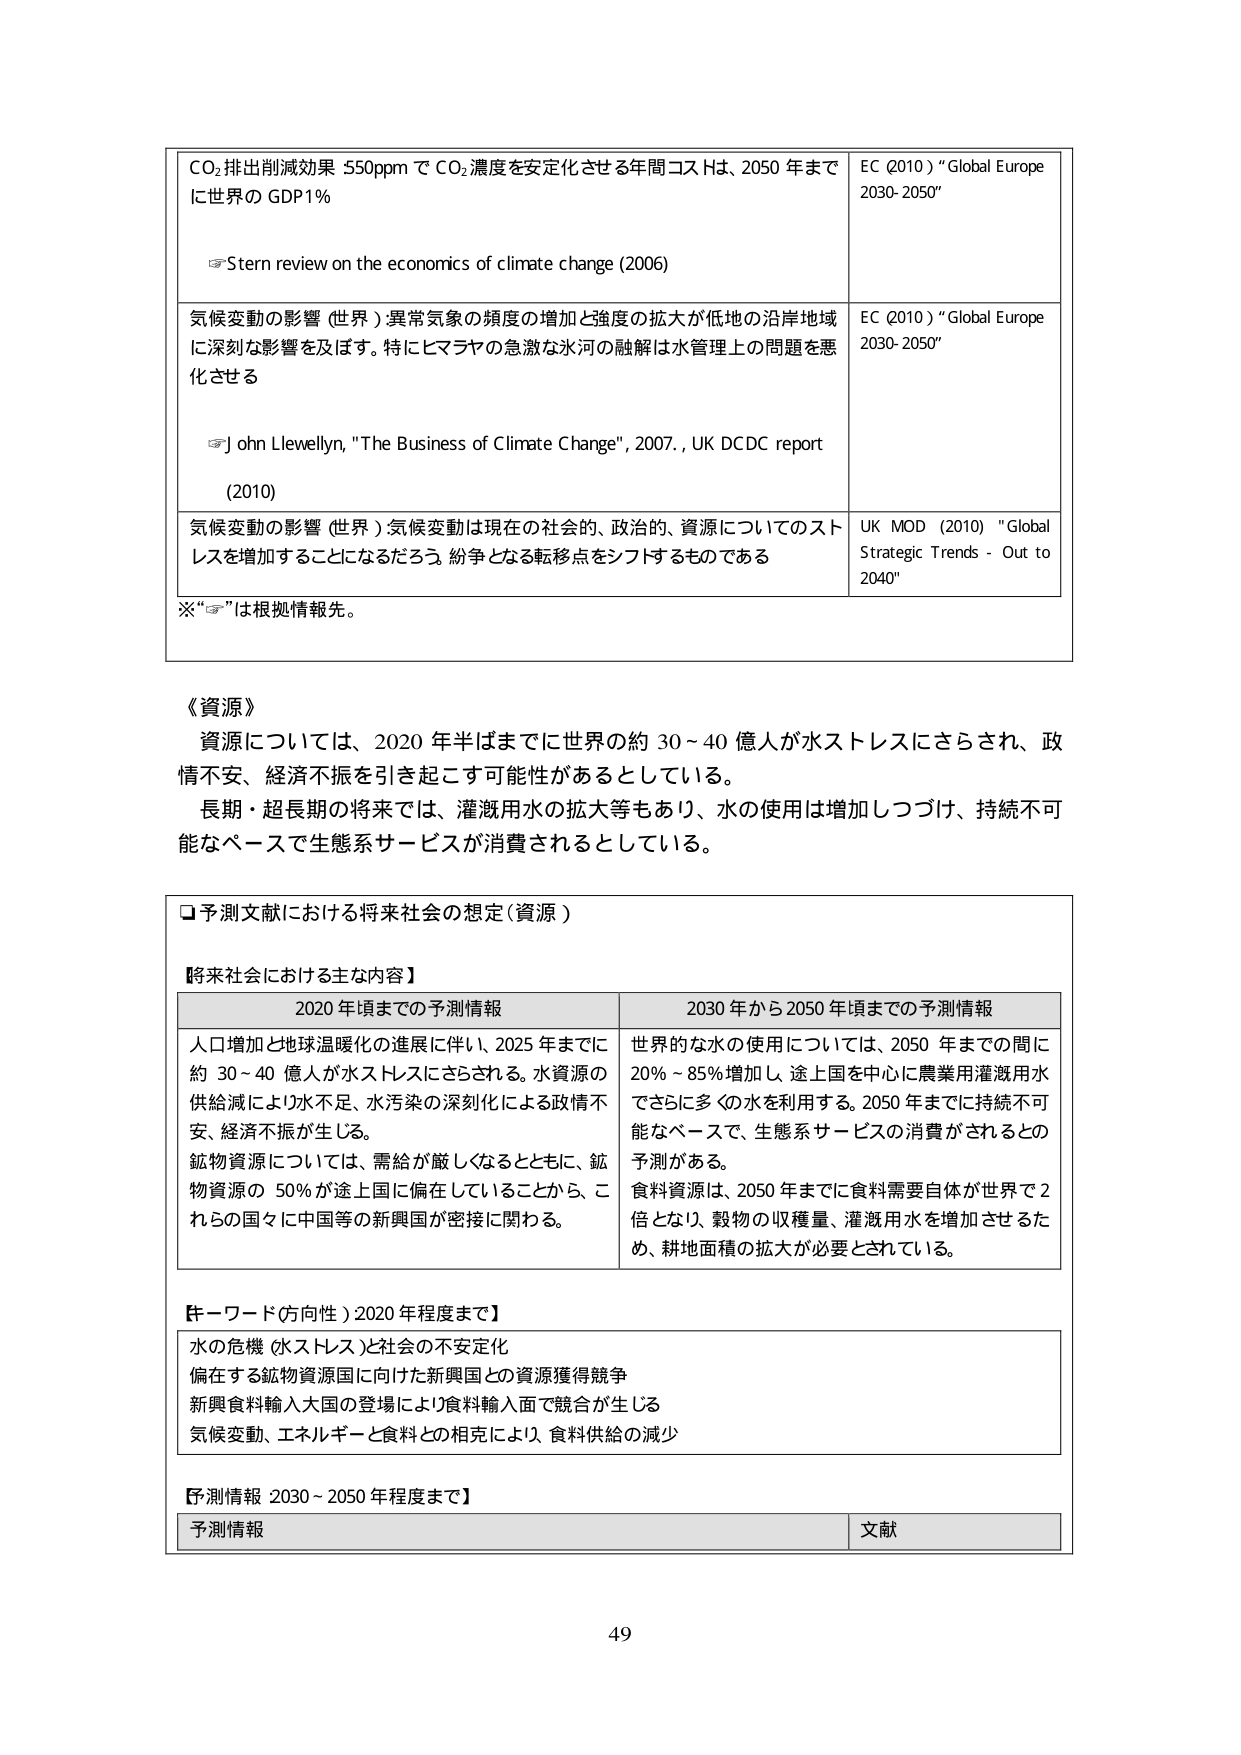
CO₂排出削減効果 550ppm で CO₂濃度を安定化させる年間コストは、2050 年までに世界の GDP1％

Stern review on the economics of climate change (2006)

EC (2010) "Global Europe 2030-2050"

気候変動の影響（世界）異常気象の頻度の増加と強度の拡大が低地の沿岸地域に深刻な影響を及ぼす。特にヒマラヤの急激な氷河の融解は水管理上の問題を悪化させる

John Llewellyn, "The Business of Climate Change", 2007, UK DCDC report (2010)

EC (2010) "Global Europe 2030-2050"

気候変動の影響（世界）気候変動は現在の社会的、政治的、資源についてのストレスを増加することになるだろう。紛争となる転移点をシフトするものである

UK MOD (2010) "Global Strategic Trends - Out to 2040"

※“☞”は根拠情報先。

《資源》
資源については、2020 年半ばまでに世界の約 30～40 億人が水ストレスにさらされ、政情不安、経済不振を引き起こす可能性があるとしている。
長期・超長期の将来では、灌漑用水の拡大等もあり、水の使用は増加しつづけ、持続不可能なペースで生態系サービスが消費されるとしている。

□予測文献における将来社会の想定（資源）

【将来社会における主な内容】

2020 年頃までの予測情報
人口増加と地球温暖化の進展に伴い、2025 年までに約 30～40 億人が水ストレスにさらされる。水資源の供給減により水不足、水汚染の深刻化による政情不安、経済不振が生じる。
鉱物資源については、需給が厳しくなるとともに、鉱物資源の 50％が途上国に偏在していることから、これらの国々に中国等の新興国が密接に関わる。

2030 年から 2050 年頃までの予測情報
世界的な水の使用については、2050 年までの間に 20％～85％増加し、途上国を中心に農業用灌漑用水でさらに多くの水を利用する。2050 年までに持続不可能なペースで、生態系サービスの消費がされるとの予測がある。
食料資源は、2050 年までに食料需要自体が世界で 2 倍となり、穀物の収穫量、灌漑用水を増加させるため、耕地面積の拡大が必要とされている。

【キーワード（方向性）2020 年程度まで】
水の危機（水ストレス）と社会の不安定化
偏在する鉱物資源国に向けた新興国との資源獲得競争
新興食料輸入大国の登場により食料輸入面で競合が生じる
気候変動、エネルギーと食料との相克により、食料供給の減少

【予測情報 2030～2050 年程度まで】
予測情報 文献

49